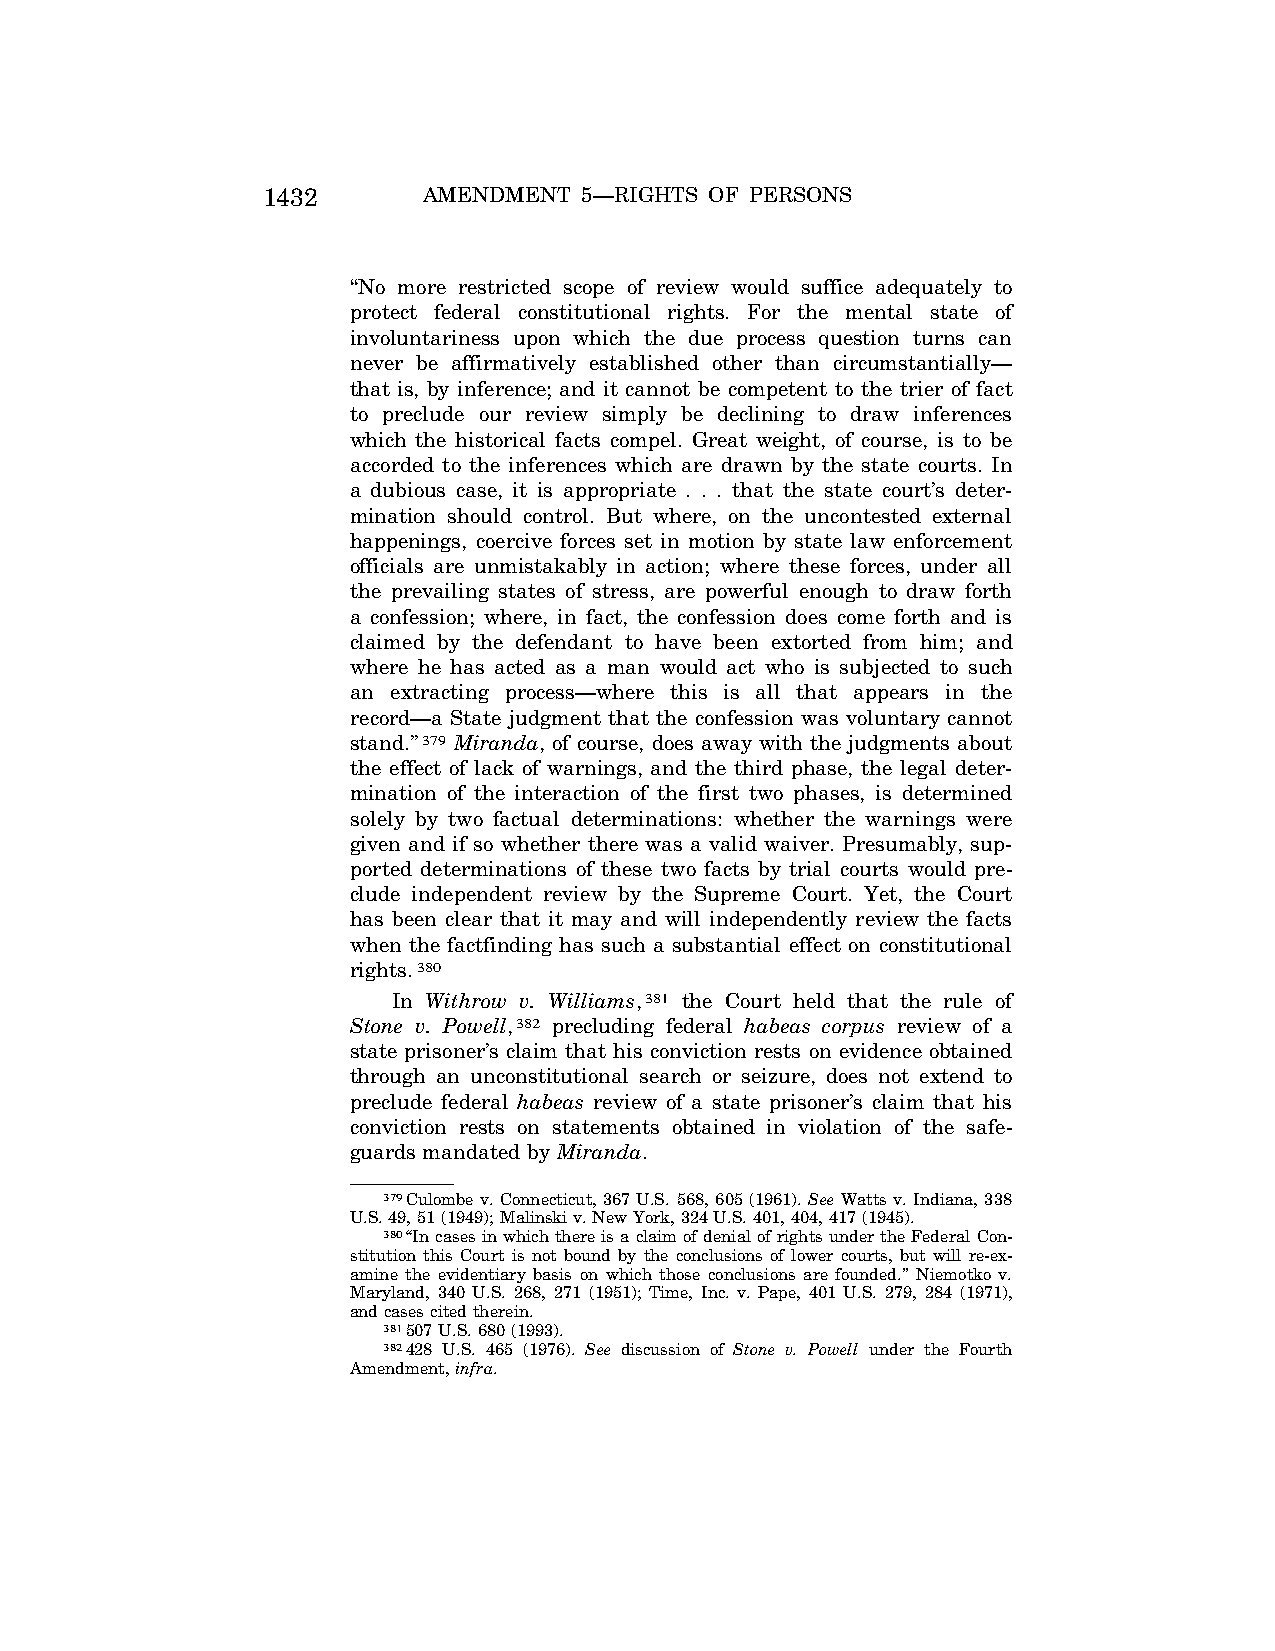
1432       AMENDMENT  5—RIGHTS OF PERSONS
 ‘‘No more restricted scope of review would suffice adequately to
 protect federal constitutional rights. For the mental state of
 involuntariness upon which the due process question turns can
 never be affirmatively established other than circumstantially—
 that is, by inference; and it cannot be competent to the trier of fact
 to preclude our review simply be declining to draw inferences
 which the historical facts compel. Great weight, of course, is to be
 accorded to the inferences which are drawn by the state courts. In
 a dubious case, it is appropriate . . . that the state court’s deter-
 mination should control. But where, on the uncontested external
 happenings, coercive forces set in motion by state law enforcement
 officials are unmistakably in action; where these forces, under all
 the prevailing states of stress, are powerful enough to draw forth
 a confession; where, in fact, the confession does come forth and is
 claimed by the defendant to have been extorted from him; and
 where he has acted as a man would act who is subjected to such
 an extracting process—where this is all that appears in the
 record—a State judgment that the confession was voluntary cannot
 stand.’’379 Miranda, of course, does away with the judgments about
 the effect of lack of warnings, and the third phase, the legal deter-
 mination of the interaction of the first two phases, is determined
 solely by two factual determinations: whether the warnings were
 given and if so whether there was a valid waiver. Presumably, sup-
 ported determinations of these two facts by trial courts would pre-
 clude independent review by the Supreme Court. Yet, the Court
 has been clear that it may and will independently review the facts
 when the factfinding has such a substantial effect on constitutional
 rights.380
 In Withrow v. Williams,381 the Court held that the rule of
 Stone v. Powell,382 precluding federal habeas corpus review of a
 state prisoner’s claim that his conviction rests on evidence obtained
 through an unconstitutional search or seizure, does not extend to
 preclude federal habeas review of a state prisoner’s claim that his
 conviction rests on statements obtained in violation of the safe-
 guards mandated by Miranda.
 379Culombe v. Connecticut, 367 U.S. 568, 605 (1961). See Watts v. Indiana, 338
 U.S. 49, 51 (1949); Malinski v. New York, 324 U.S. 401, 404, 417 (1945).
 380‘‘In cases in which there is a claim of denial of rights under the Federal Con-
 stitution this Court is not bound by the conclusions of lower courts, but will re-ex-
 amine the evidentiary basis on which those conclusions are founded.’’ Niemotko v.
 Maryland, 340 U.S. 268, 271 (1951); Time, Inc. v. Pape, 401 U.S. 279, 284 (1971),
 and cases cited therein.
 381507 U.S. 680 (1993).
 382428 U.S. 465 (1976). See discussion of Stone v. Powell under the Fourth
 Amendment,infra.
 VerDate May<19>2004 12:55 May 20, 2004 Jkt 077500 PO 00000 Frm 00072 Fmt 8222 Sfmt 8222 C:\CONAN\CON030.SGM PRFM99 PsN: CON030